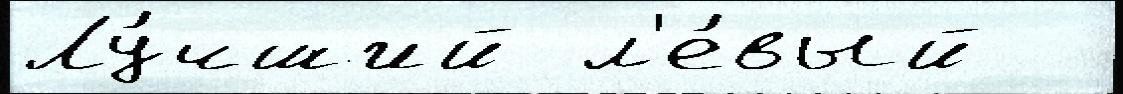
Лу́чший л'е́вый